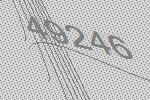
49246